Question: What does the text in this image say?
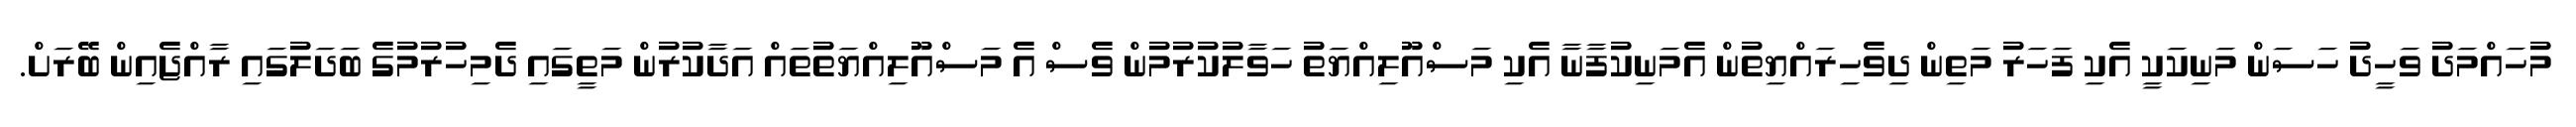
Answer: މުހައްމަދު ވަހީދު ހަސަން މަނިކަކީ އެކި ފަހަރު މަތިން ދިވެހިރައްޔިތުން އެމަނިކުފާނާ އެކި މަސްއޫލިއްޔަތު ހަވާލުކުރުމުން ވެސް އެ މަސްއޫލިއްޔަތުތައް އަދާކުރުން މަތީގައި ދެމިހުރުމުގެ ބަދަލުގައި ރާއްޖެއިން ބޭރަށް.